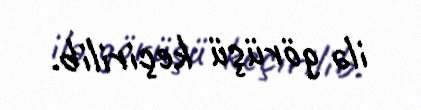
ilə görüşü keçirilib.